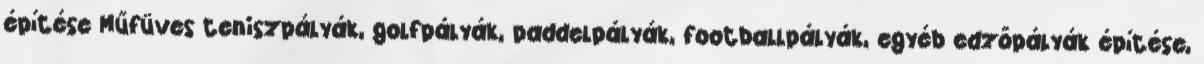
építése Műfüves teniszpályák, golfpályák, paddelpályák, footballpályák, egyéb edzőpályák építése,